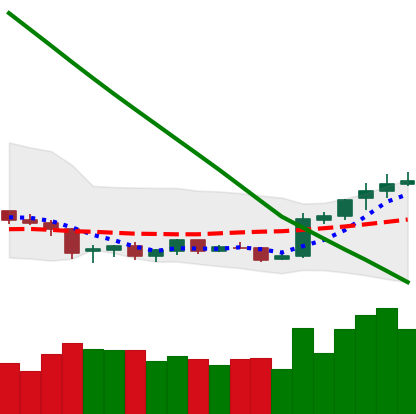
Ticker: NEO-USD
Chart end date: 2019-02-13
Forward return: 6.628%
Label: up_5_7